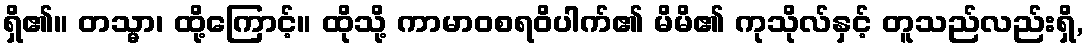
ရှိ၏။ တသ္မာ၊ ထို့ကြောင့်။ ထိုသို့ ကာမာဝစရဝိပါက်၏ မိမိ၏ ကုသိုလ်နှင့် တူသည်လည်းရှိ,